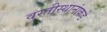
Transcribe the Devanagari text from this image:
वस्तीस्थानांकडे